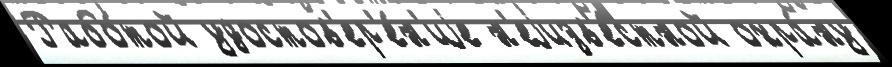
Рабо́той удостов'ер'е́н'иjе н'еjизв'е́стной охра́ну